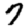
Digit: 7